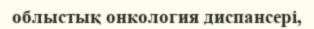
облыстық онкология диспансері,